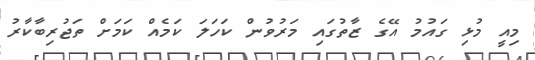
މިއީ މުޅި ގައުމު އޭގެ ޒާތުގައި މަރުވުން ކަހަލަ ކަމެއް ކަމަށް ތަޖުރިބާކާރު